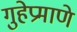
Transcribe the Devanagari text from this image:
गुहेप्रमाणे